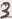
Text: 3